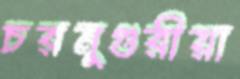
চরমুগুরীয়া